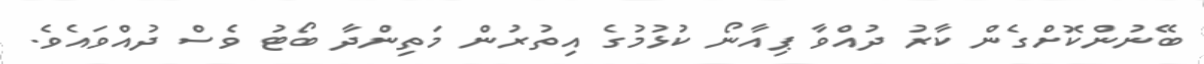
ބޭނުންކޮށްގެން ކާރު ދުއްވާ ޕިއާނޯ ކުޅުމުގެ އިތުރުން މަތިންދާ ބޯޓު ވެސް ދުއްވައެވެ.